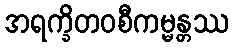
အရက္ခိတဝစီကမ္မန္တဿ